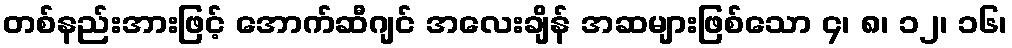
တစ်နည်းအားဖြင့် အောက်ဆီဂျင် အလေးချိန် အဆများဖြစ်သော ၄၊ ၈၊ ၁၂၊ ၁၆၊